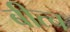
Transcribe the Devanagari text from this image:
बीत्च